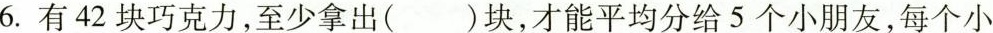
6.有42块巧克力，至少拿出（）块，才能平均分给5个小朋友，每个小